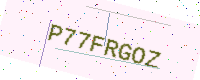
Text: P77FRGOZ